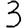
Digit: 3